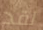
لقد